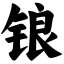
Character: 锒